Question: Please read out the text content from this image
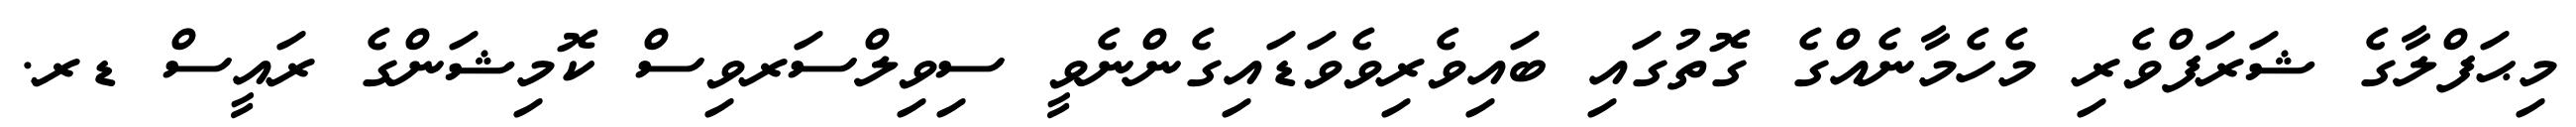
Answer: މިޙަފްލާގެ ޝަރަފްވެރި މެހެމާނެއްގެ ގޮތުގައި ބައިވެރިވެވަޑައިގެންނެވީ ސިވިލްސަރވިސް ކޮމިޝަންގެ ރައީސް ޑރ.